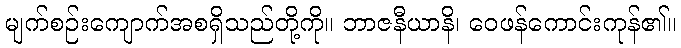
မျက်စဉ်းကျောက်အစရှိသည်တို့ကို။ ဘာဇနီယာနိ၊ ဝေဖန်ကောင်းကုန်၏။